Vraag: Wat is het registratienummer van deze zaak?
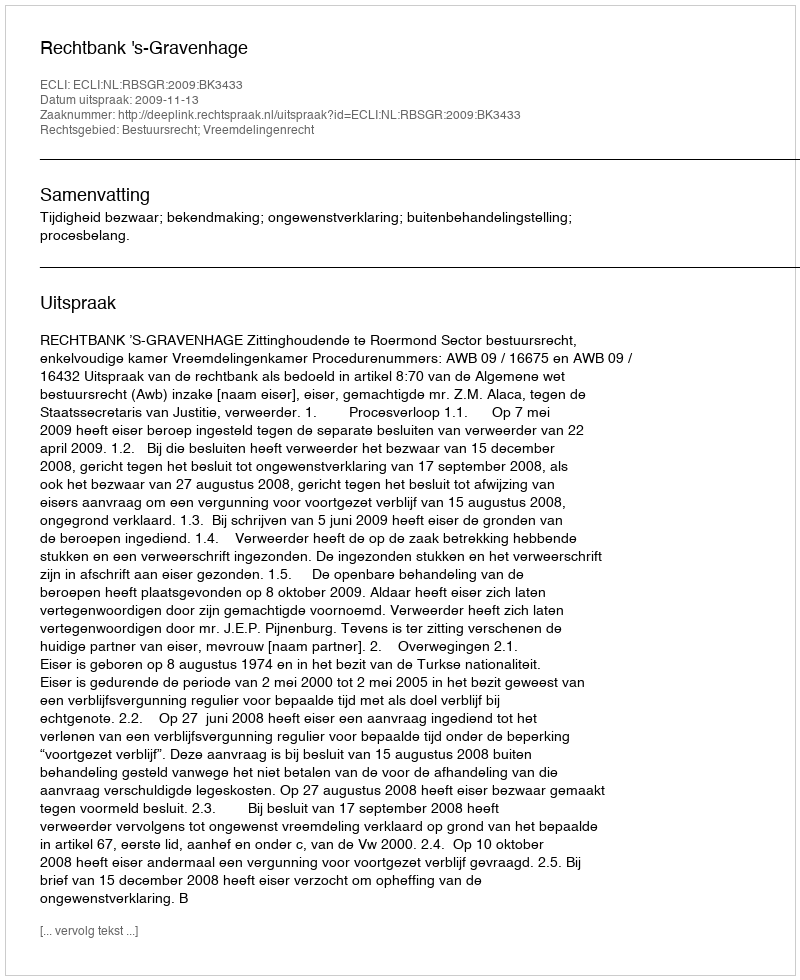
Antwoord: http://deeplink.rechtspraak.nl/uitspraak?id=ECLI:NL:RBSGR:2009:BK3433